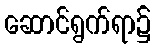
ဆောင်ရွက်ရာ၌